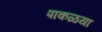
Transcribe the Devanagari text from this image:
पाकळया